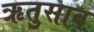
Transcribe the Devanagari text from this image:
ऋतुसाव